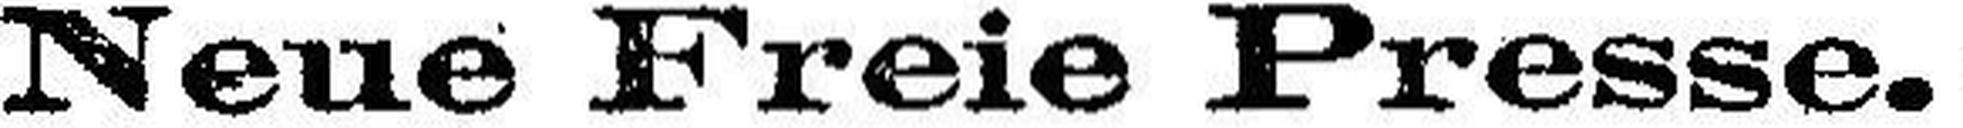
Neue Freie Presse.